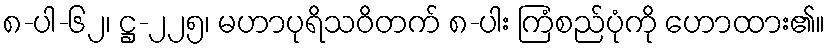
၈-ပါ-၆၂၊ ဋ္ဌ-၂၂၅၊ မဟာပုရိသဝိတက် ၈-ပါး ကြံစည်ပုံကို ဟောထား၏။